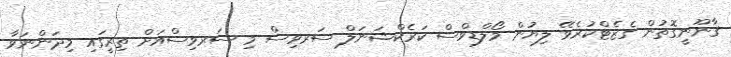
ޤާނޫނީގޮތުން ގެޒެޓްކުރެވޭ ލިޔުން މޯލްޑިވްސް ކަރެކްޝަނަލް ސަރވިސް މި ސަރވިސްއަށް ތިރީގައި މިދަންނަވާ